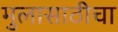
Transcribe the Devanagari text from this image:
मुलासाठीचा